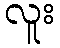
လူး